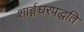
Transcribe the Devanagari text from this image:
शार्ङ्गधरपद्धति